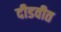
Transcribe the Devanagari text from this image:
दीडवीत